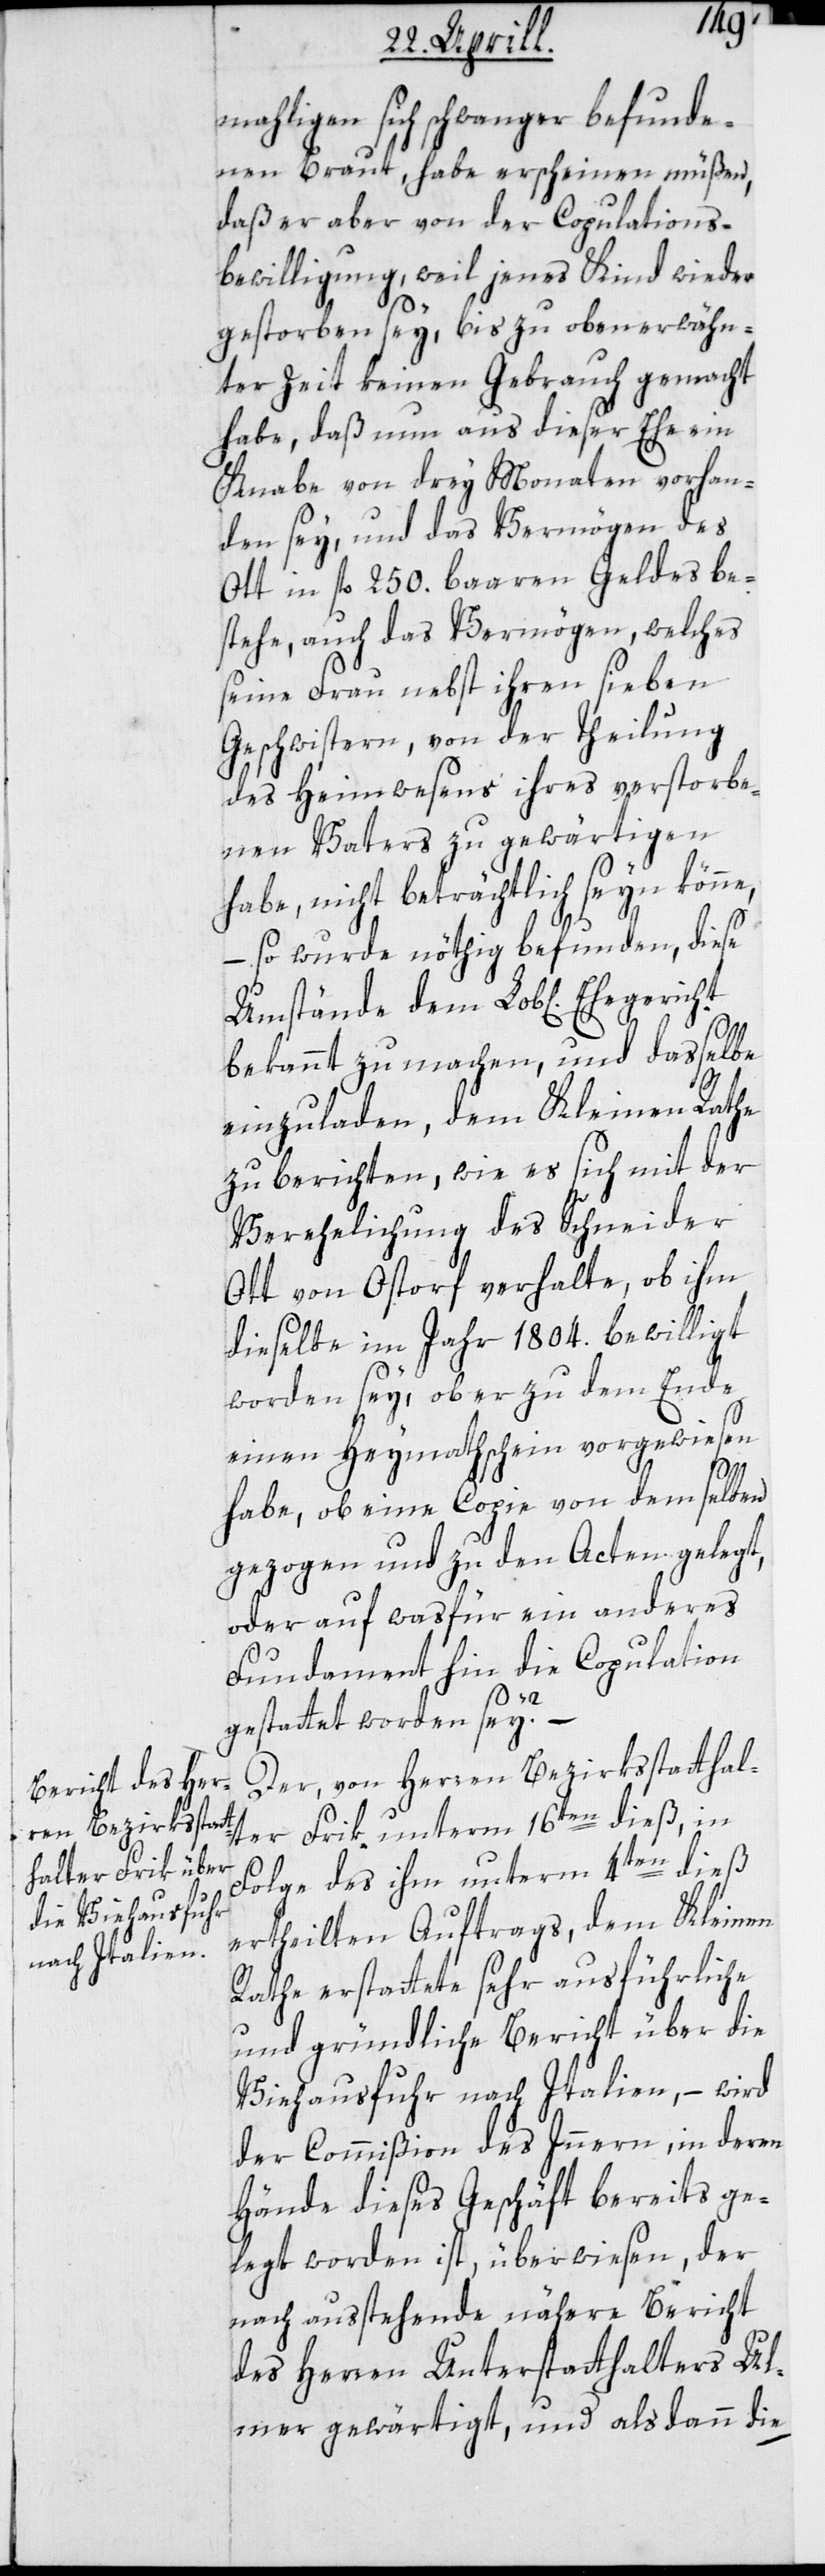
mahligen sich schwanger befunde¬
nen Braut, habe erscheinen müßen,
daß er aber von der Copulations¬
bewilligung, weil jenes Kind wieder
gestorben sey, bis zu oben erwähn¬
ter Zeit keinen Gebrauch gemacht
habe, daß nun aus dieser Ehe ein
Knabe von drey Monaten vorhan¬
den sey, und das Vermögen des
Ott in fl. 250. baaren Geldes be¬
stehe, auch das Vermögen, welches
seine Frau nebst ihren sieben
Geschwistern, von der Theilung
des Heimwesens ihres verstorbe¬
nen Vaters zu gewärtigen
habe, nicht beträchtlich seyn könne,
– so wurde nöthig befunden, diese
Umstände dem Lob[lichen]
bekannt zu machen, und daßelbe
einzuladen, dem Kleinen Rathe
zu berichten, wie es sich mit der
Verehelichung des Schneider
Ott von Ostorf verhalte, ob ihm
dieselbe im Jahr 1804. bewilligt
worden sey, ob er zu dem Ende
einen Heymathschein vorgewiesen
habe, ob eine Copie von demselben
gezogen und zu den Acten gelegt,
oder auf was für ein anderes
Fundament hin die Copulation
gestattet worden sey?
Der, von Herren Bezirksstatthal¬
ter Frik unterm 16ten dieß, in
Folge des ihm unterm 4ten dieß
ertheilten Auftrags, dem Kleinen
Rathe erstattete sehr ausführliche
und gründliche Bericht über die
Viehausfuhr nach Italien, – wird
der Commißion des Innern, in deren
Hände dieses Geschäft bereits ge¬
legt worden ist, überwiesen, der
nach ausstehende nähere Bericht
des Herren Unterstatthalters Ul¬
mer gewärtigt, und alsdann die